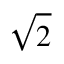
\sqrt 2